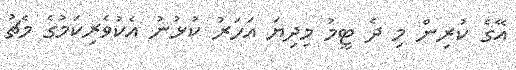
އޭގެ ކުރިން މި ދެ ޓީމު މިދިޔަ އަހަރު ކުޅުނު އެކުވެރިކަމުގެ މެޗު